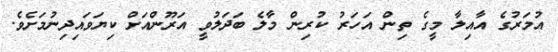
އުމަރުގެ އާއިލާ މީގެ ތިން އަހަރު ކުރިން މާލެ ބަދަލުވީ އަރޫންއަށް ކިޔަވައިދިނުމަށެވެ.